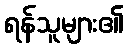
ရန်သူများ၏